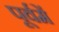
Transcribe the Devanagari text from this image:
पूर्वमें